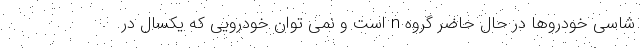
شاسی خودروها در حال حاضر گروه n است و نمی توان خودرویی که یکسال در